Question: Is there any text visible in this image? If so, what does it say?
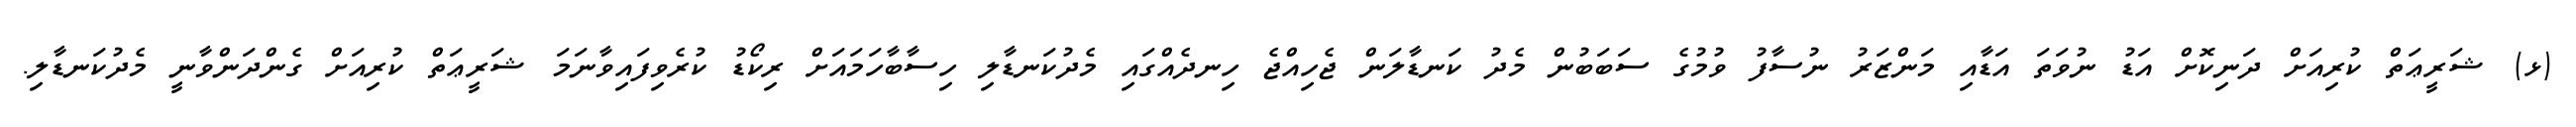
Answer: (ޅ) ޝަރީޢަތް ކުރިއަށް ދަނިކޮށް އަޑު ނުވަތަ އަޑާއި މަންޒަރު ނުސާފު ވުމުގެ ސަބަބުން މެދު ކަނޑާލަން ޖެހިއްޖެ ހިނދެއްގައި މެދުކަނޑާލި ހިސާބާހަމައަށް ރިކޯޑު ކުރެވިފައިވާނަމަ ޝަރީޢަތް ކުރިއަށް ގެންދަންވާނީ މެދުކަނޑާލި.